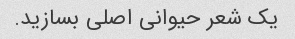
یک شعر حیوانی اصلی بسازید.